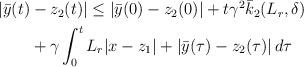
LaTeX: \begin{align*}\begin{aligned}|\bar{y}(t)&-z_2(t)| \le | \bar{y}(0)-z_2(0)| + t\gamma^2 \bar{k}_2(L_r,\delta)\\& + \gamma \int_0^t L_r|x-z_1| + |\bar{y}(\tau)-z_2(\tau)|\,d\tau \end{aligned}\end{align*}